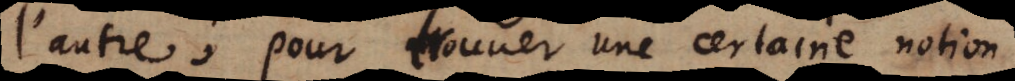
l’autre; pour trouver une certaine notion